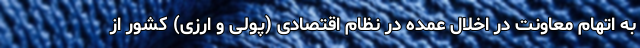
به اتهام معاونت در اخلال عمده در نظام اقتصادی (پولی و ارزی) کشور از